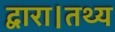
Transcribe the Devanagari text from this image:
द्वारा।तथ्य